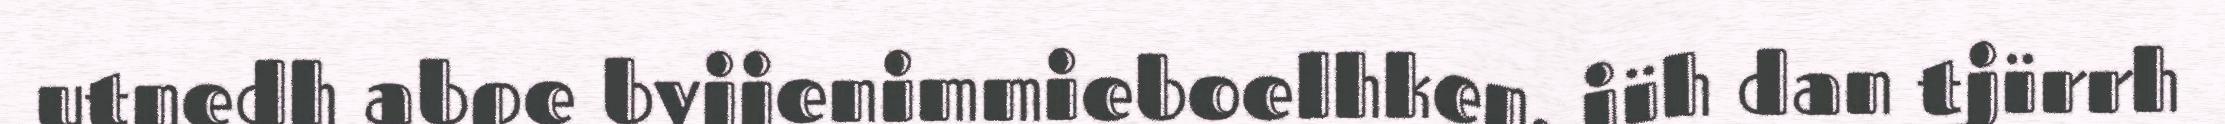
utnedh abpe byjjenimmieboelhken, jïh dan tjïrrh